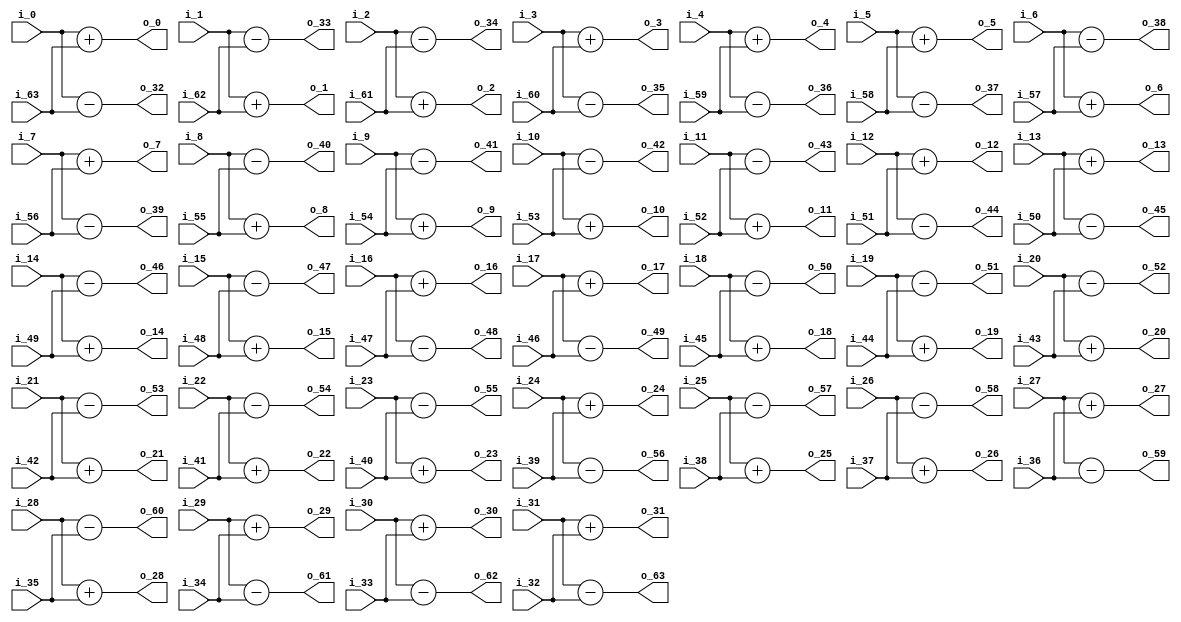
//describe  : 64DCT2
//input     : 64
//output    : 64
//delay     : 0 clk
module dct2_butterfly64#(
    parameter IN_WIDTH = 16
)
(
//input data
    input   signed  [IN_WIDTH - 1 : 0]  i_0     ,
    input   signed  [IN_WIDTH - 1 : 0]  i_1     ,
    input   signed  [IN_WIDTH - 1 : 0]  i_2     ,
    input   signed  [IN_WIDTH - 1 : 0]  i_3     ,
    input   signed  [IN_WIDTH - 1 : 0]  i_4     ,
    input   signed  [IN_WIDTH - 1 : 0]  i_5     ,
    input   signed  [IN_WIDTH - 1 : 0]  i_6     ,
    input   signed  [IN_WIDTH - 1 : 0]  i_7     ,
    input   signed  [IN_WIDTH - 1 : 0]  i_8     ,
    input   signed  [IN_WIDTH - 1 : 0]  i_9     ,
    input   signed  [IN_WIDTH - 1 : 0]  i_10    ,
    input   signed  [IN_WIDTH - 1 : 0]  i_11    ,
    input   signed  [IN_WIDTH - 1 : 0]  i_12    ,
    input   signed  [IN_WIDTH - 1 : 0]  i_13    ,
    input   signed  [IN_WIDTH - 1 : 0]  i_14    ,
    input   signed  [IN_WIDTH - 1 : 0]  i_15    ,
    input   signed  [IN_WIDTH - 1 : 0]  i_16    ,
    input   signed  [IN_WIDTH - 1 : 0]  i_17    ,
    input   signed  [IN_WIDTH - 1 : 0]  i_18    ,
    input   signed  [IN_WIDTH - 1 : 0]  i_19    ,
    input   signed  [IN_WIDTH - 1 : 0]  i_20    ,
    input   signed  [IN_WIDTH - 1 : 0]  i_21    ,
    input   signed  [IN_WIDTH - 1 : 0]  i_22    ,
    input   signed  [IN_WIDTH - 1 : 0]  i_23    ,
    input   signed  [IN_WIDTH - 1 : 0]  i_24    ,
    input   signed  [IN_WIDTH - 1 : 0]  i_25    ,
    input   signed  [IN_WIDTH - 1 : 0]  i_26    ,
    input   signed  [IN_WIDTH - 1 : 0]  i_27    ,
    input   signed  [IN_WIDTH - 1 : 0]  i_28    ,
    input   signed  [IN_WIDTH - 1 : 0]  i_29    ,
    input   signed  [IN_WIDTH - 1 : 0]  i_30    ,
    input   signed  [IN_WIDTH - 1 : 0]  i_31    ,
    input   signed  [IN_WIDTH - 1 : 0]  i_32    ,
    input   signed  [IN_WIDTH - 1 : 0]  i_33    ,
    input   signed  [IN_WIDTH - 1 : 0]  i_34    ,
    input   signed  [IN_WIDTH - 1 : 0]  i_35    ,
    input   signed  [IN_WIDTH - 1 : 0]  i_36    ,
    input   signed  [IN_WIDTH - 1 : 0]  i_37    ,
    input   signed  [IN_WIDTH - 1 : 0]  i_38    ,
    input   signed  [IN_WIDTH - 1 : 0]  i_39    ,
    input   signed  [IN_WIDTH - 1 : 0]  i_40    ,
    input   signed  [IN_WIDTH - 1 : 0]  i_41    ,
    input   signed  [IN_WIDTH - 1 : 0]  i_42    ,
    input   signed  [IN_WIDTH - 1 : 0]  i_43    ,
    input   signed  [IN_WIDTH - 1 : 0]  i_44    ,
    input   signed  [IN_WIDTH - 1 : 0]  i_45    ,
    input   signed  [IN_WIDTH - 1 : 0]  i_46    ,
    input   signed  [IN_WIDTH - 1 : 0]  i_47    ,
    input   signed  [IN_WIDTH - 1 : 0]  i_48    ,
    input   signed  [IN_WIDTH - 1 : 0]  i_49    ,
    input   signed  [IN_WIDTH - 1 : 0]  i_50    ,
    input   signed  [IN_WIDTH - 1 : 0]  i_51    ,
    input   signed  [IN_WIDTH - 1 : 0]  i_52    ,
    input   signed  [IN_WIDTH - 1 : 0]  i_53    ,
    input   signed  [IN_WIDTH - 1 : 0]  i_54    ,
    input   signed  [IN_WIDTH - 1 : 0]  i_55    ,
    input   signed  [IN_WIDTH - 1 : 0]  i_56    ,
    input   signed  [IN_WIDTH - 1 : 0]  i_57    ,
    input   signed  [IN_WIDTH - 1 : 0]  i_58    ,
    input   signed  [IN_WIDTH - 1 : 0]  i_59    ,
    input   signed  [IN_WIDTH - 1 : 0]  i_60    ,
    input   signed  [IN_WIDTH - 1 : 0]  i_61    ,
    input   signed  [IN_WIDTH - 1 : 0]  i_62    ,
    input   signed  [IN_WIDTH - 1 : 0]  i_63    ,
//output data
    output  signed  [IN_WIDTH     : 0]  o_0     ,//E
    output  signed  [IN_WIDTH     : 0]  o_1     ,
    output  signed  [IN_WIDTH     : 0]  o_2     ,
    output  signed  [IN_WIDTH     : 0]  o_3     ,
    output  signed  [IN_WIDTH     : 0]  o_4     ,
    output  signed  [IN_WIDTH     : 0]  o_5     ,
    output  signed  [IN_WIDTH     : 0]  o_6     ,
    output  signed  [IN_WIDTH     : 0]  o_7     ,
    output  signed  [IN_WIDTH     : 0]  o_8     ,
    output  signed  [IN_WIDTH     : 0]  o_9     ,
    output  signed  [IN_WIDTH     : 0]  o_10    ,
    output  signed  [IN_WIDTH     : 0]  o_11    ,
    output  signed  [IN_WIDTH     : 0]  o_12    ,
    output  signed  [IN_WIDTH     : 0]  o_13    ,
    output  signed  [IN_WIDTH     : 0]  o_14    ,
    output  signed  [IN_WIDTH     : 0]  o_15    ,
    output  signed  [IN_WIDTH     : 0]  o_16    ,
    output  signed  [IN_WIDTH     : 0]  o_17    ,
    output  signed  [IN_WIDTH     : 0]  o_18    ,
    output  signed  [IN_WIDTH     : 0]  o_19    ,
    output  signed  [IN_WIDTH     : 0]  o_20    ,
    output  signed  [IN_WIDTH     : 0]  o_21    ,
    output  signed  [IN_WIDTH     : 0]  o_22    ,
    output  signed  [IN_WIDTH     : 0]  o_23    ,
    output  signed  [IN_WIDTH     : 0]  o_24    ,
    output  signed  [IN_WIDTH     : 0]  o_25    ,
    output  signed  [IN_WIDTH     : 0]  o_26    ,
    output  signed  [IN_WIDTH     : 0]  o_27    ,
    output  signed  [IN_WIDTH     : 0]  o_28    ,
    output  signed  [IN_WIDTH     : 0]  o_29    ,
    output  signed  [IN_WIDTH     : 0]  o_30    ,
    output  signed  [IN_WIDTH     : 0]  o_31    ,
    output  signed  [IN_WIDTH     : 0]  o_32    ,//O
    output  signed  [IN_WIDTH     : 0]  o_33    ,
    output  signed  [IN_WIDTH     : 0]  o_34    ,
    output  signed  [IN_WIDTH     : 0]  o_35    ,
    output  signed  [IN_WIDTH     : 0]  o_36    ,
    output  signed  [IN_WIDTH     : 0]  o_37    ,
    output  signed  [IN_WIDTH     : 0]  o_38    ,
    output  signed  [IN_WIDTH     : 0]  o_39    ,
    output  signed  [IN_WIDTH     : 0]  o_40    ,
    output  signed  [IN_WIDTH     : 0]  o_41    ,
    output  signed  [IN_WIDTH     : 0]  o_42    ,
    output  signed  [IN_WIDTH     : 0]  o_43    ,
    output  signed  [IN_WIDTH     : 0]  o_44    ,
    output  signed  [IN_WIDTH     : 0]  o_45    ,
    output  signed  [IN_WIDTH     : 0]  o_46    ,
    output  signed  [IN_WIDTH     : 0]  o_47    ,
    output  signed  [IN_WIDTH     : 0]  o_48    ,
    output  signed  [IN_WIDTH     : 0]  o_49    ,
    output  signed  [IN_WIDTH     : 0]  o_50    ,
    output  signed  [IN_WIDTH     : 0]  o_51    ,
    output  signed  [IN_WIDTH     : 0]  o_52    ,
    output  signed  [IN_WIDTH     : 0]  o_53    ,
    output  signed  [IN_WIDTH     : 0]  o_54    ,
    output  signed  [IN_WIDTH     : 0]  o_55    ,
    output  signed  [IN_WIDTH     : 0]  o_56    ,
    output  signed  [IN_WIDTH     : 0]  o_57    ,
    output  signed  [IN_WIDTH     : 0]  o_58    ,
    output  signed  [IN_WIDTH     : 0]  o_59    ,
    output  signed  [IN_WIDTH     : 0]  o_60    ,
    output  signed  [IN_WIDTH     : 0]  o_61    ,
    output  signed  [IN_WIDTH     : 0]  o_62    ,
    output  signed  [IN_WIDTH     : 0]  o_63    
);

//
//E/O
    wire signed [IN_WIDTH : 0] E_0  = i_0  + i_63;
    wire signed [IN_WIDTH : 0] E_1  = i_1  + i_62;
    wire signed [IN_WIDTH : 0] E_2  = i_2  + i_61;
    wire signed [IN_WIDTH : 0] E_3  = i_3  + i_60;
    wire signed [IN_WIDTH : 0] E_4  = i_4  + i_59;
    wire signed [IN_WIDTH : 0] E_5  = i_5  + i_58;
    wire signed [IN_WIDTH : 0] E_6  = i_6  + i_57;
    wire signed [IN_WIDTH : 0] E_7  = i_7  + i_56;
    wire signed [IN_WIDTH : 0] E_8  = i_8  + i_55;
    wire signed [IN_WIDTH : 0] E_9  = i_9  + i_54;
    wire signed [IN_WIDTH : 0] E_10 = i_10 + i_53;
    wire signed [IN_WIDTH : 0] E_11 = i_11 + i_52;
    wire signed [IN_WIDTH : 0] E_12 = i_12 + i_51;
    wire signed [IN_WIDTH : 0] E_13 = i_13 + i_50;
    wire signed [IN_WIDTH : 0] E_14 = i_14 + i_49;
    wire signed [IN_WIDTH : 0] E_15 = i_15 + i_48;
    wire signed [IN_WIDTH : 0] E_16 = i_16 + i_47;
    wire signed [IN_WIDTH : 0] E_17 = i_17 + i_46;
    wire signed [IN_WIDTH : 0] E_18 = i_18 + i_45;
    wire signed [IN_WIDTH : 0] E_19 = i_19 + i_44;
    wire signed [IN_WIDTH : 0] E_20 = i_20 + i_43;
    wire signed [IN_WIDTH : 0] E_21 = i_21 + i_42;
    wire signed [IN_WIDTH : 0] E_22 = i_22 + i_41;
    wire signed [IN_WIDTH : 0] E_23 = i_23 + i_40;
    wire signed [IN_WIDTH : 0] E_24 = i_24 + i_39;
    wire signed [IN_WIDTH : 0] E_25 = i_25 + i_38;
    wire signed [IN_WIDTH : 0] E_26 = i_26 + i_37;
    wire signed [IN_WIDTH : 0] E_27 = i_27 + i_36;
    wire signed [IN_WIDTH : 0] E_28 = i_28 + i_35;
    wire signed [IN_WIDTH : 0] E_29 = i_29 + i_34;
    wire signed [IN_WIDTH : 0] E_30 = i_30 + i_33;
    wire signed [IN_WIDTH : 0] E_31 = i_31 + i_32;
    wire signed [IN_WIDTH : 0] O_0  = i_0  - i_63;
    wire signed [IN_WIDTH : 0] O_1  = i_1  - i_62;
    wire signed [IN_WIDTH : 0] O_2  = i_2  - i_61;
    wire signed [IN_WIDTH : 0] O_3  = i_3  - i_60;
    wire signed [IN_WIDTH : 0] O_4  = i_4  - i_59;
    wire signed [IN_WIDTH : 0] O_5  = i_5  - i_58;
    wire signed [IN_WIDTH : 0] O_6  = i_6  - i_57;
    wire signed [IN_WIDTH : 0] O_7  = i_7  - i_56;
    wire signed [IN_WIDTH : 0] O_8  = i_8  - i_55;
    wire signed [IN_WIDTH : 0] O_9  = i_9  - i_54;
    wire signed [IN_WIDTH : 0] O_10 = i_10 - i_53;
    wire signed [IN_WIDTH : 0] O_11 = i_11 - i_52;
    wire signed [IN_WIDTH : 0] O_12 = i_12 - i_51;
    wire signed [IN_WIDTH : 0] O_13 = i_13 - i_50;
    wire signed [IN_WIDTH : 0] O_14 = i_14 - i_49;
    wire signed [IN_WIDTH : 0] O_15 = i_15 - i_48;
    wire signed [IN_WIDTH : 0] O_16 = i_16 - i_47;
    wire signed [IN_WIDTH : 0] O_17 = i_17 - i_46;
    wire signed [IN_WIDTH : 0] O_18 = i_18 - i_45;
    wire signed [IN_WIDTH : 0] O_19 = i_19 - i_44;
    wire signed [IN_WIDTH : 0] O_20 = i_20 - i_43;
    wire signed [IN_WIDTH : 0] O_21 = i_21 - i_42;
    wire signed [IN_WIDTH : 0] O_22 = i_22 - i_41;
    wire signed [IN_WIDTH : 0] O_23 = i_23 - i_40;
    wire signed [IN_WIDTH : 0] O_24 = i_24 - i_39;
    wire signed [IN_WIDTH : 0] O_25 = i_25 - i_38;
    wire signed [IN_WIDTH : 0] O_26 = i_26 - i_37;
    wire signed [IN_WIDTH : 0] O_27 = i_27 - i_36;
    wire signed [IN_WIDTH : 0] O_28 = i_28 - i_35;
    wire signed [IN_WIDTH : 0] O_29 = i_29 - i_34;
    wire signed [IN_WIDTH : 0] O_30 = i_30 - i_33;
    wire signed [IN_WIDTH : 0] O_31 = i_31 - i_32;

//output
    assign o_0  = E_0 ;
    assign o_1  = E_1 ;
    assign o_2  = E_2 ;
    assign o_3  = E_3 ;
    assign o_4  = E_4 ;
    assign o_5  = E_5 ;
    assign o_6  = E_6 ;
    assign o_7  = E_7 ;
    assign o_8  = E_8 ;
    assign o_9  = E_9 ;
    assign o_10 = E_10;
    assign o_11 = E_11;
    assign o_12 = E_12;
    assign o_13 = E_13;
    assign o_14 = E_14;
    assign o_15 = E_15;
    assign o_16 = E_16;
    assign o_17 = E_17;
    assign o_18 = E_18;
    assign o_19 = E_19;
    assign o_20 = E_20;
    assign o_21 = E_21;
    assign o_22 = E_22;
    assign o_23 = E_23;
    assign o_24 = E_24;
    assign o_25 = E_25;
    assign o_26 = E_26;
    assign o_27 = E_27;
    assign o_28 = E_28;
    assign o_29 = E_29;
    assign o_30 = E_30;
    assign o_31 = E_31;
    assign o_32 = O_0 ;
    assign o_33 = O_1 ;
    assign o_34 = O_2 ;
    assign o_35 = O_3 ;
    assign o_36 = O_4 ;
    assign o_37 = O_5 ;
    assign o_38 = O_6 ;
    assign o_39 = O_7 ;
    assign o_40 = O_8 ;
    assign o_41 = O_9 ;
    assign o_42 = O_10;
    assign o_43 = O_11;
    assign o_44 = O_12;
    assign o_45 = O_13;
    assign o_46 = O_14;
    assign o_47 = O_15;
    assign o_48 = O_16;
    assign o_49 = O_17;
    assign o_50 = O_18;
    assign o_51 = O_19;
    assign o_52 = O_20;
    assign o_53 = O_21;
    assign o_54 = O_22;
    assign o_55 = O_23;
    assign o_56 = O_24;
    assign o_57 = O_25;
    assign o_58 = O_26;
    assign o_59 = O_27;
    assign o_60 = O_28;
    assign o_61 = O_29;
    assign o_62 = O_30;
    assign o_63 = O_31;

endmodule